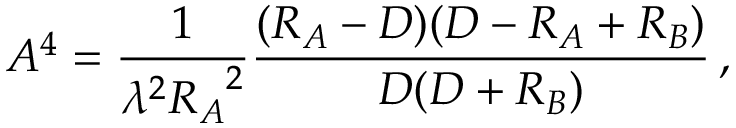
A ^ { 4 } = { \frac { 1 } { \lambda ^ { 2 } { R _ { A } } ^ { 2 } } } { \frac { ( R _ { A } - D ) ( D - R _ { A } + R _ { B } ) } { D ( D + R _ { B } ) } } \, ,